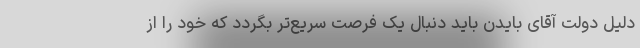
دلیل دولت آقای بایدن باید دنبال یک فرصت سریع‌تر بگردد که خود را از